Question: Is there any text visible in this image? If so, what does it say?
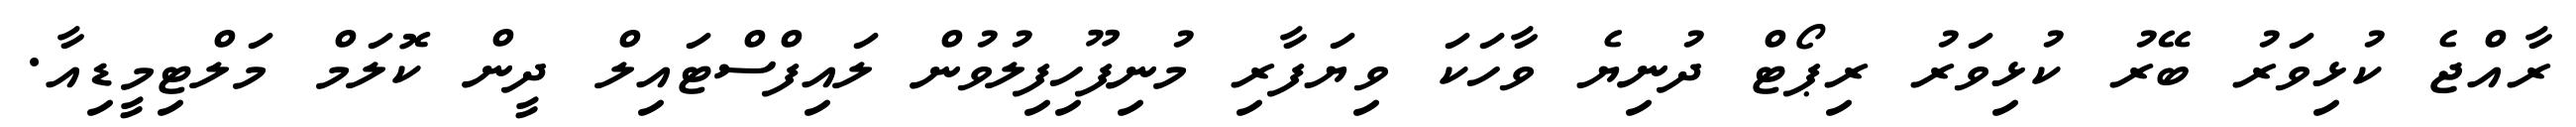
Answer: ރާއްޖެ ކުޅިވަރު ބޭރު ކުޅިވަރު ރިޕޯޓް ދުނިޔެ ވާހަކަ ވިޔަފާރި މުނިފޫހިފިލުވުން ލައިފްސްޓައިލް ދީން ކޮލަމް މަލްޓިމީޑިއާ.